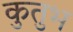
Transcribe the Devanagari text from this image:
कुतुभ